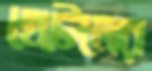
হেটেলের